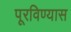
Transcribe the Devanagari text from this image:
पूरविण्यास